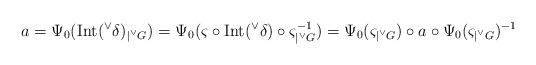
LaTeX: \begin{align*}a = \Psi_{0}(\mathrm{Int}({^\vee}\delta)_{|{^\vee}G}) = \Psi_{0}(\varsigma \circ \mathrm{Int}({^\vee}\delta)\circ \varsigma^{-1}_{|{^\vee}G}) = \Psi_{0}(\varsigma_{|{^\vee}G}) \circ a \circ\Psi_{0} (\varsigma_{|{^\vee}G})^{-1}\end{align*}